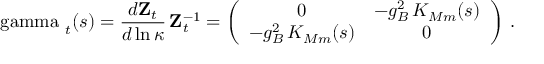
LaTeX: \mathrm { \boldmath ~ \ g a m m a ~ } _ { t } ( s ) = \frac { d { \mathbf Z } _ { t } } { d \ln \kappa } \, { \mathbf Z } _ { t } ^ { - 1 } = \left( \begin{array} { c c } { { 0 } } & { { - g _ { B } ^ { 2 } \, K _ { M m } ( s ) } } \\ { { - g _ { B } ^ { 2 } \, K _ { M m } ( s ) } } & { { 0 } } \end{array} \right) \: .